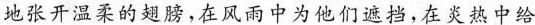
地张开温柔的翅膀，在风雨中为他们遮挡，在炎热中给